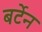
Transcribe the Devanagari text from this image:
बर्टेन